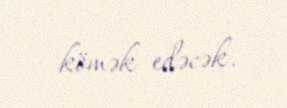
kömək edəcək.